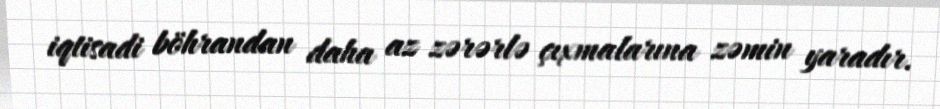
iqtisadi böhrandan daha az zərərlə çıxmalarına zəmin yaradır.